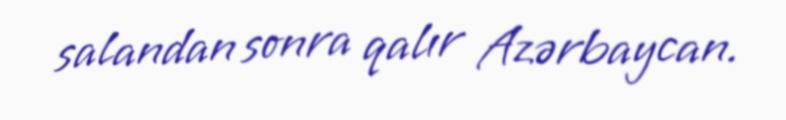
salandan sonra qalır Azərbaycan.